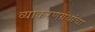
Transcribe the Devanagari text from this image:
व्याकरणग्रंथांचा